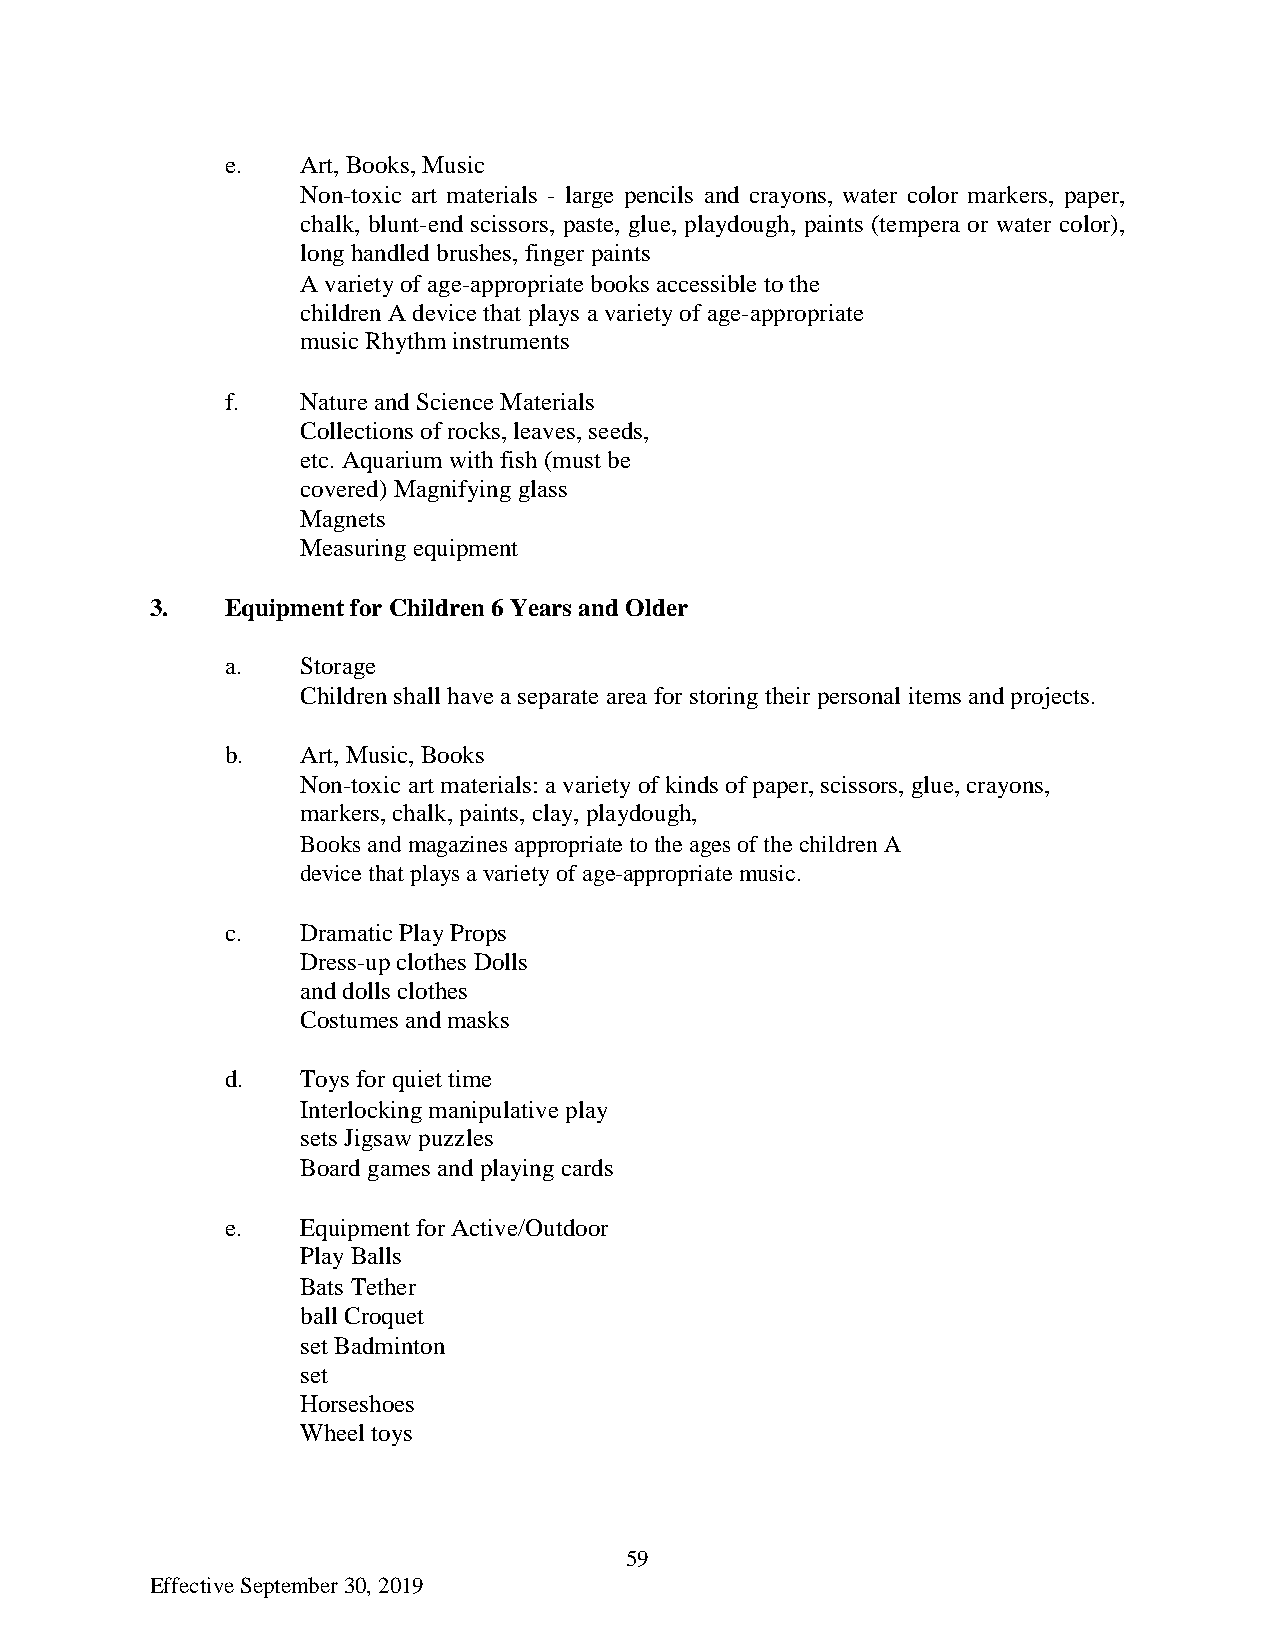
e.   Art, Books, Music
 Non-toxic art materials - large pencils and crayons, water color markers, paper,
 chalk, blunt-end scissors, paste, glue, playdough, paints (tempera or water color),
 long handled brushes, finger paints
 A variety of age-appropriate books accessible to the
 children A device that plays a variety of age-appropriate
 music Rhythm instruments
 f.   Nature and Science Materials
 Collections of rocks, leaves, seeds,
 etc. Aquarium with fish (must be
 covered) Magnifying glass
 Magnets
 Measuring equipment
 3.   Equipment for Children 6 Years and Older
 a.   Storage
 Children shall have a separate area for storing their personal items and projects.
 b.   Art, Music, Books
 Non-toxic art materials: a variety of kinds of paper, scissors, glue, crayons,
 markers, chalk, paints, clay, playdough,
 Books and magazines appropriate to the ages of the children A
 device that plays a variety of age-appropriate music.
 c.   Dramatic Play Props
 Dress-up clothes Dolls
 and dolls clothes
 Costumes and masks
 d.   Toys for quiet time
 Interlocking manipulative play
 sets Jigsaw puzzles
 Board games and playing cards
 e.   Equipment for Active/Outdoor
 Play Balls
 Bats Tether
 ball Croquet
 set Badminton
 set
 Horseshoes
 Wheel toys
 59
 Effective September 30, 2019